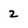
Character: 2